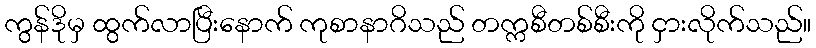
ကွန်ဒိုမှ ထွက်လာပြီးနောက် ကုစာနာဂိသည် တက္ကစီတစ်စီးကို ငှားလိုက်သည်။